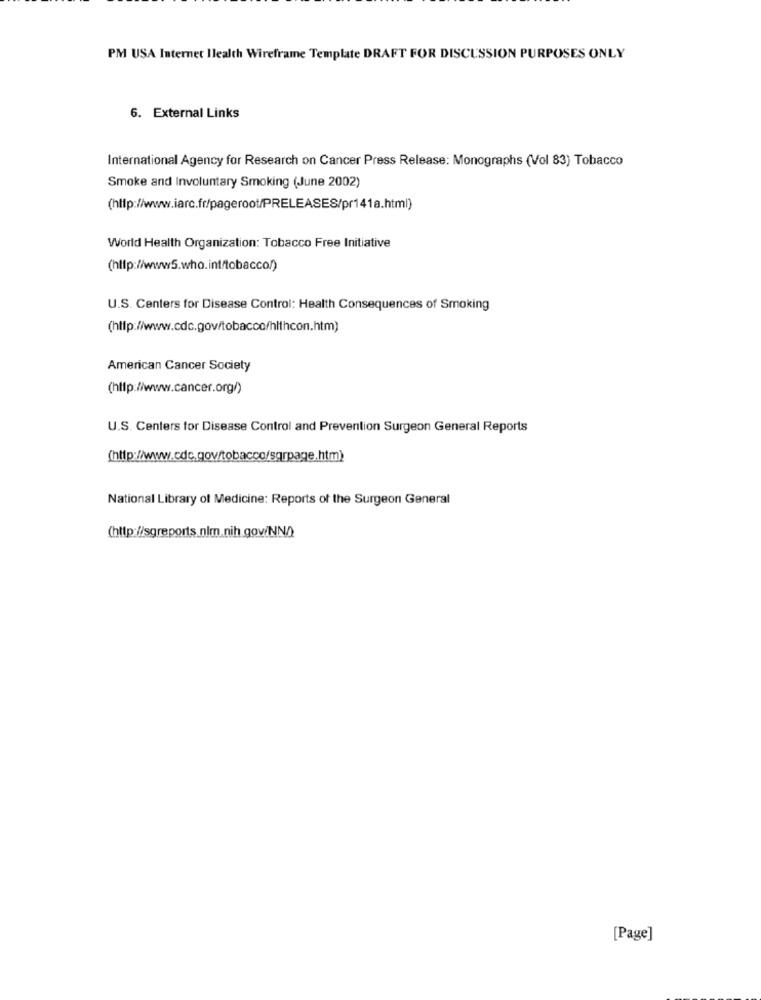
PM USA Internet Health Wireframe Template DRAFT FOR DISCUSSION PURPOSES ONLY
6. External Links
International Agency for Research on Cancer Press Release: Monographs (Vol 83) Tobacco
Smoke and Involuntary Smoking (June 2002)
(http://www.iarc.fr/pageroot/PRELEASES/pr141a.html)
World Health Organization: Tobacco Free Initiative
(http://www5.who.int/tobacco/)
U.S. Centers for Disease Control: Health Consequences of Smoking
American Cancer Society
(http://www.cancer.org/)
U.S. Centers for Disease Control and Prevention Surgeon General Reports
(http://www.cdc.gov/tobacco/sqrpage.htm)
National Library of Medicine: Reports of the Surgeon General
(http://sgreports nim.nih gov/NN/)
[Page]